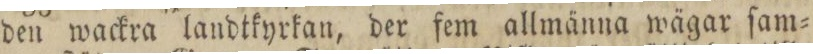
den wackra landtkyrkan, der fem allmänna wägar ſam=